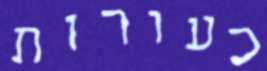
כעורות